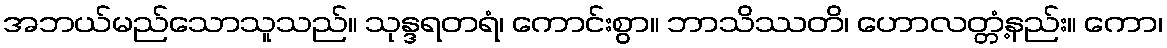
အဘယ်မည်သောသူသည်။ သုန္ဒရတရံ၊ ကောင်းစွာ။ ဘာသိဿတိ၊ ဟောလတ္တံ့နည်း။ ကော၊